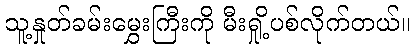
သူ့နှုတ်ခမ်းမွှေးကြီးကို မီးရှို့ပစ်လိုက်တယ်။